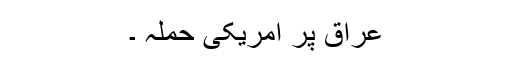
عراق پر امریکی حملہ ۔